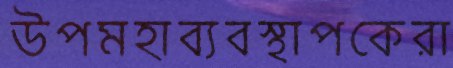
উপমহাব্যবস্থাপকেরা